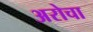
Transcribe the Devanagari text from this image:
अरोचा